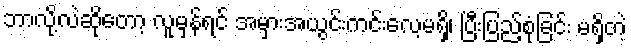
ဘာလို့လဲဆိုတော့ လူမှန်ရင် အမှားအယွင်းကင်းလေ့မရှိ၊ ပြီးပြည့်စုံခြင်း မရှိတဲ့